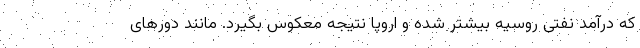
که درآمد نفتی روسیه بیشتر شده و اروپا نتیجه معکوس بگیرد. مانند دورهای